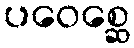
ပဝေစ္ဆေ